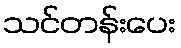
သင်တန်းပေး